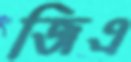
জিএ